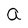
Character: a